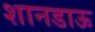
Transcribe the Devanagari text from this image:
शानडाऊ